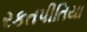
રકતપીતિયા